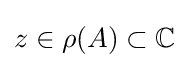
z\in \rho (A)\subset \mathbb {C}